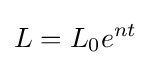
L=L_{0}e^{nt}